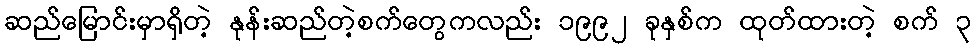
ဆည်မြောင်းမှာရှိတဲ့ နုန်းဆည်တဲ့စက်တွေကလည်း ၁၉၉၂ ခုနှစ်က ထုတ်ထားတဲ့ စက် ၃